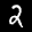
Label: 2